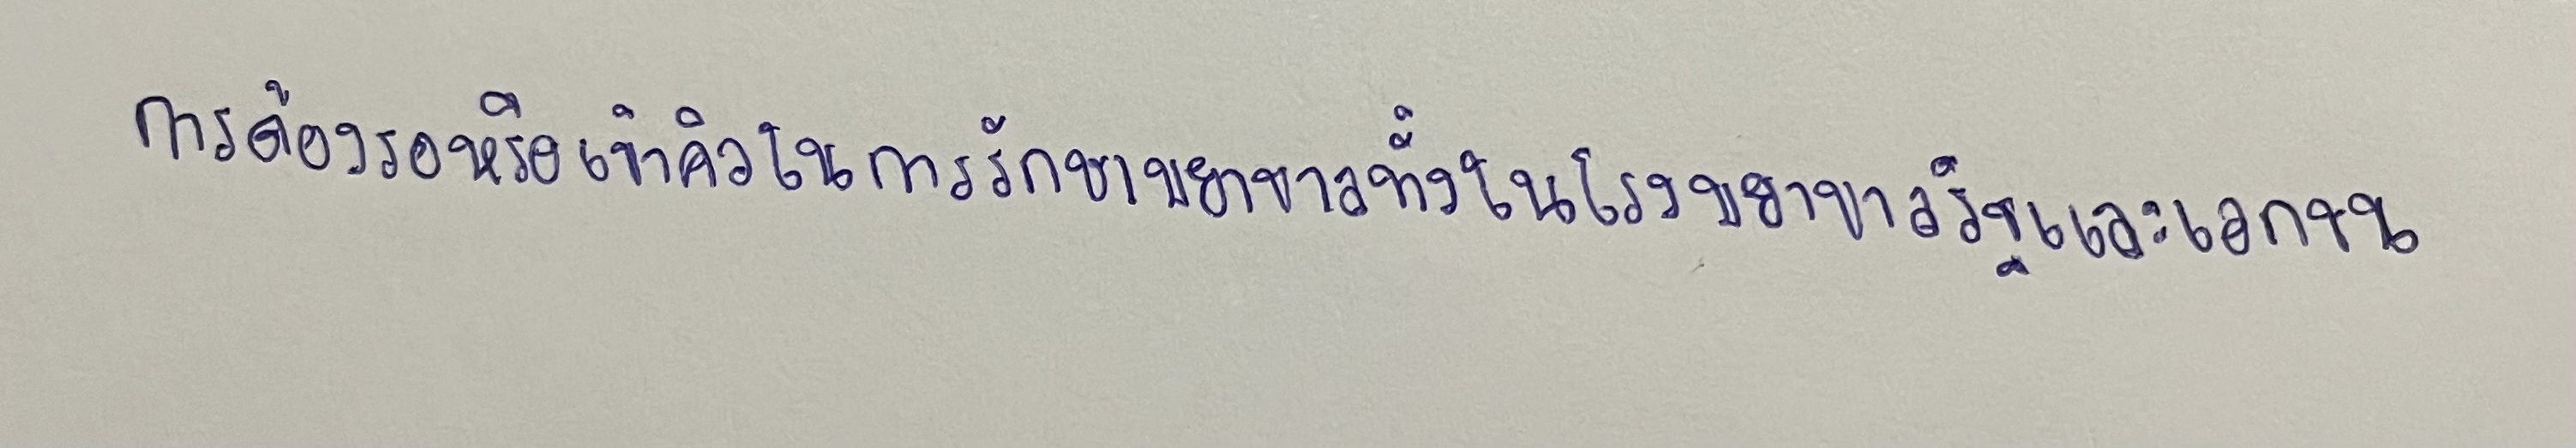
การต้องรอหรือเข้าคิวในการรักษาพยาบาลทั้งในโรงพยาบาลรัฐและเอกชน